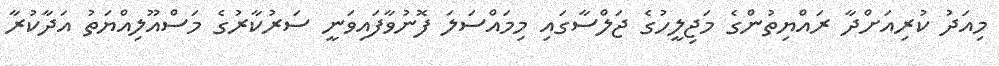
މިއަދު ކުރިއަށްދާ ރައްޔިތުންގެ މަޖިލީހުގެ ޖަލްސާގައި މިމައްސަލަ ފޮނުވާފައިވަނީ ސަރުކާރުގެ މަސްއޫލިއްޔަތު އަދާކުރާ